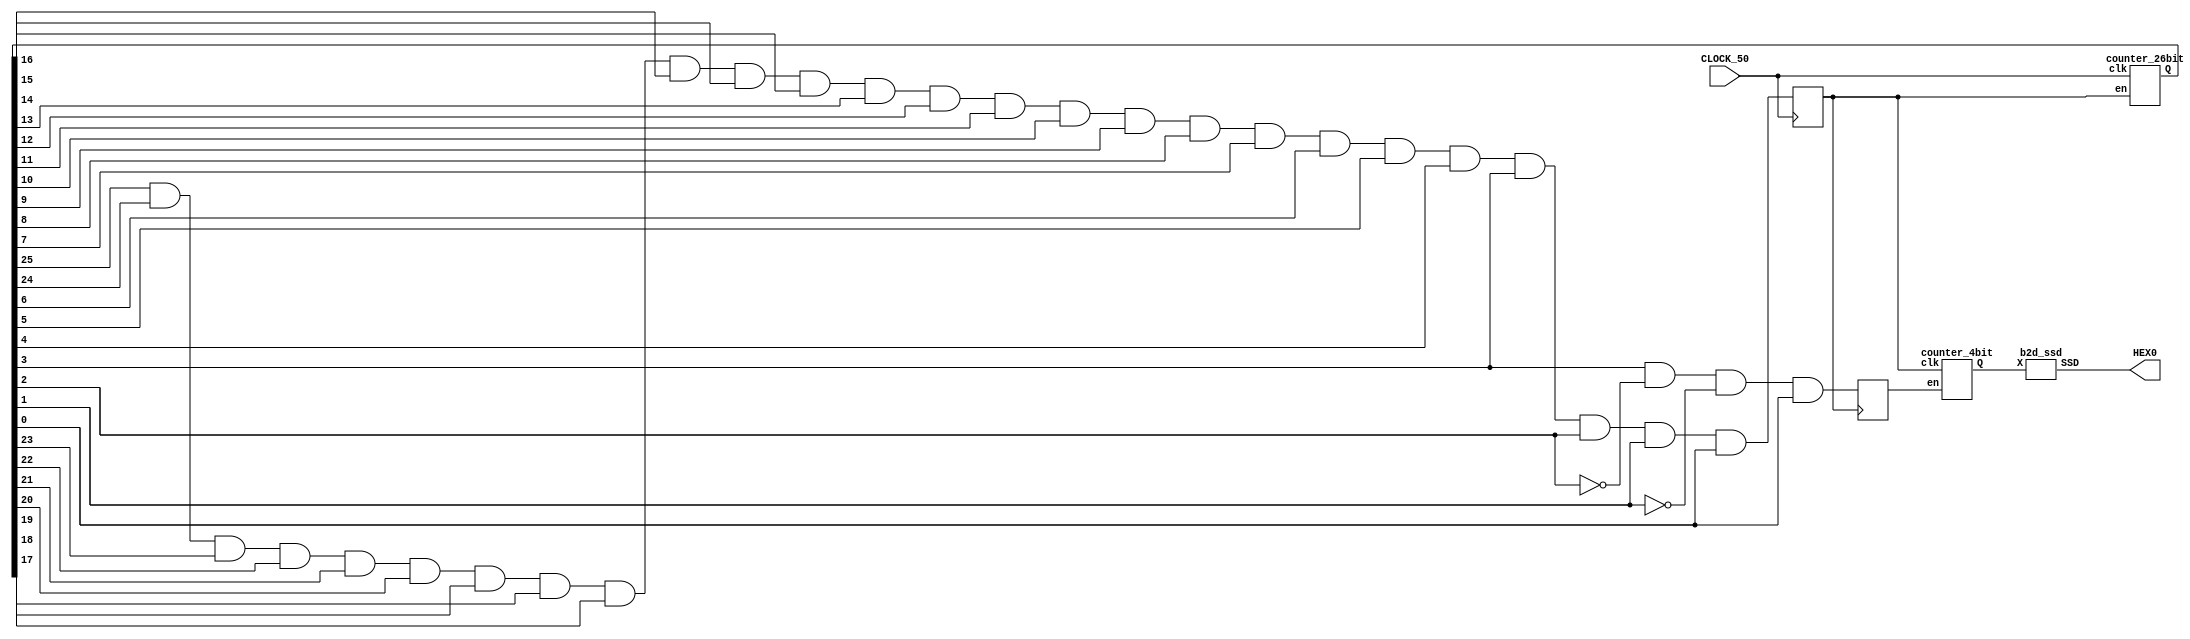
module part3 (CLOCK_50, HEX0);
  input CLOCK_50;
  output [6:0] HEX0;

  wire [25:0] Q;
  wire [3:0] Q2;
  reg Clr, Clr2;

  counter_26bit C0 (CLOCK_50, Clr, Q);
  counter_4bit DISPLAY (Clr, Clr2, Q2);

  always @ (posedge CLOCK_50) begin
    Clr = (Q[25]&Q[24]&Q[23]&Q[22]&Q[21]&Q[20]&Q[19]&Q[18]&Q[17]&Q[16]&Q[15]&Q[14]&Q[13]&Q[12]&Q[11]&Q[10]&Q[9]&Q[8]&Q[7]&Q[6]&Q[5]&Q[4]&Q[3]&Q[2]&Q[1]&Q[0]);
  end

  always @ (posedge Clr) begin
    Clr2 = (Q[3]&~Q[2]&~Q[1]&Q[0]);
  end

  b2d_ssd H0 (Q2[3:0], HEX0);
endmodule

module counter_26bit(clk, en, Q);
input clk,en;
output [25:0] Q;
reg [25:0] Qs;

always @(posedge clk)
begin
if(en)
 Qs <= 0;
else if(~en)
 Qs <= Qs + 1;
else
 Qs <= 1;
end
assign Q = Qs;
endmodule

module counter_4bit(clk, en, Q);
input clk,en;
output [3:0] Q;
reg [3:0] Qs;

always @(posedge clk)
begin
if(en)
 Qs <= 0;
else if (~en)
 Qs <= Qs + 1;
else
 Qs <= 1;
end
assign Q = Qs;
endmodule

module b2d_ssd (X, SSD);
  input [3:0] X;
  output [6:0] SSD;

         assign SSD[0] = (~X[3] &  X[2] & ~X[1] & ~X[0]) | (~X[3] &  ~X[2] & ~X[1] & X[0]) ;
         assign SSD[1] = (~X[3] & X[2] & ~X[1] & X[0]) | (~X[3] & X[2] & X[1] & ~X[0]);
         assign SSD[2] =  (~X[3] & ~X[2] &  X[1] & ~X[0]);
         assign SSD[3] = (~X[3] & ~X[2] & ~X[1] &  X[0]) | (~X[3] &  X[2] & ~X[1] & ~X[0]) | (~X[3] &  X[2] & X[1] & X[0]) | (X[3] & ~X[2] & ~X[1] & X[0]);
         assign SSD[4] = ~((~X[2] & ~X[0]) | (X[1] & ~X[0]));
         assign SSD[5] = (~X[3] & ~X[2] & ~X[1] &  X[0]) | (~X[3] & ~X[2] &  X[1] & ~X[0]) | (~X[3] & ~X[2] & X[1] & X[0]) | (~X[3] & X[2] & X[1] & X[0]);
         assign SSD[6] = (~X[3] & ~X[2] & ~X[1] &  X[0]) | (~X[3] & ~X[2] & ~X[1] & ~X[0]) | (~X[3] &  X[2] & X[1] & X[0]);

endmodule